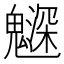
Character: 𩴙